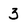
Character: 3